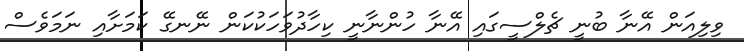
ވިލިއަން އޭނާ ބުނީ ޗެލްސީގައި އޭނާ ހުންނާނީ ކިހާދުވަހަކުކަން ނޭނގޭ ކަމަށާއި ނަމަވެސް